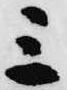
三